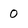
Character: 0